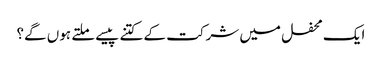
ایک محفل میں شرکت کے کتنے پیسے ملتے ہوں گے؟